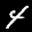
Label: 4